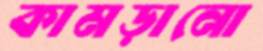
কামড়ানো